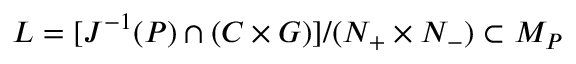
L = [ J ^ { - 1 } ( P ) \cap ( C \times G ) ] / ( N _ { + } \times N _ { - } ) \subset M _ { P }